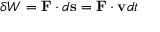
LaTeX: \delta W = \mathbf { F } \cdot d \mathbf { s } = \mathbf { F } \cdot \mathbf { v } d t